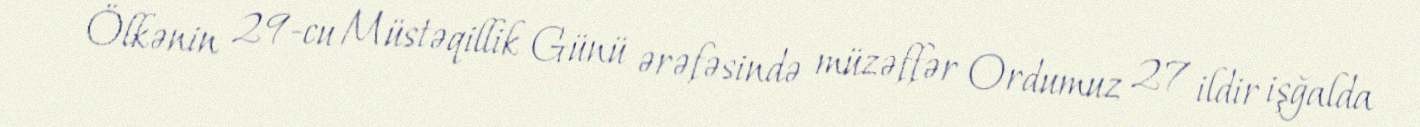
Ölkənin 29-cu Müstəqillik Günü ərəfəsində müzəffər Ordumuz 27 ildir işğalda